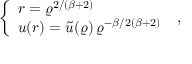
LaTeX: \left\{ \begin{array} { l } { { r = \varrho ^ { 2 / ( \beta + 2 ) } \nonumber } } \\ { { u ( r ) = \widetilde { u } ( \varrho ) \, \varrho ^ { - \beta / 2 ( \beta + 2 ) } } } \end{array} \right. \; ,